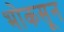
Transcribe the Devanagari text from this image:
भोकसून